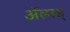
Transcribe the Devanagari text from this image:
ॲल्पस्